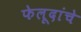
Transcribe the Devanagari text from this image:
फेलूदांचे